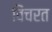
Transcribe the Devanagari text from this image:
विंचरत